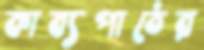
কাব্যপাঠের